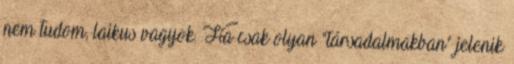
nem tudom, laikus vagyok. Ha csak olyan "társadalmakban" jelenik